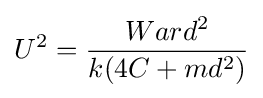
U^{2}={\frac {Ward^{2}}{k(4C+md^{2})}}